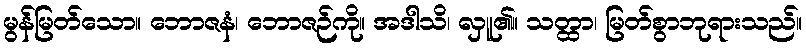
မွန်မြတ်သော။ ဘောဇနံ၊ ဘောဇဉ်ကို။ အဒါသိ၊ လှူ၏။ သတ္ထာ၊ မြတ်စွာဘုရားသည်။